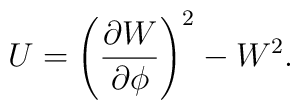
U=\left(\frac{\partial W}{\partial \phi}\right)^2 - W^2.